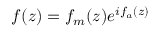
f ( z ) = f _ { m } ( z ) e ^ { i f _ { a } ( z ) }